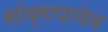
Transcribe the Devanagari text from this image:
सोब्रापायेव